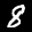
Label: 8